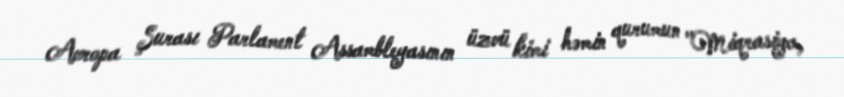
Avropa Şurası Parlament Assambleyasının üzvü kimi həmin qurumun "Miqrasiya,